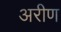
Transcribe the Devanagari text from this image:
अरीण